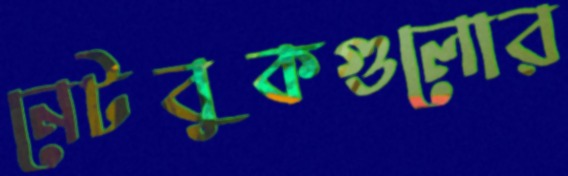
নেটবুকগুলোর